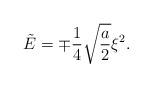
LaTeX: \begin{align*}\tilde{E}=\mp\frac{1}{4}\sqrt{\frac{a}{2}}\xi^2.\end{align*}